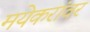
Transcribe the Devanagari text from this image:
मयेकरांवर